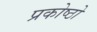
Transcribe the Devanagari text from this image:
प्रकोष्ठो